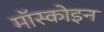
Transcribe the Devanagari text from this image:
मॉस्कोइन